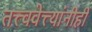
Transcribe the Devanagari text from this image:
तत्त्ववेत्त्यांनीही